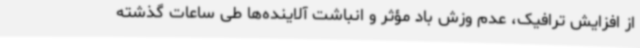
از افزایش ترافیک، عدم وزش باد مؤثر و انباشت آلاینده‌ها طی ساعات گذشته